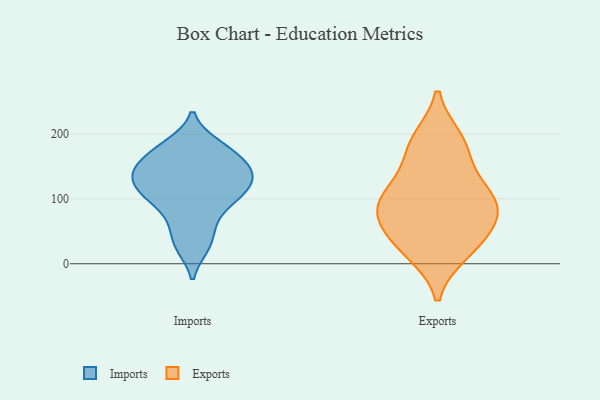
{"axis": {"x": "Bounce Rate (%)", "y": "Value"}, "legend": ["Exports", "Imports"], "data": [{"x": "", "y": 60, "type": "Imports"}, {"x": "", "y": 120, "type": "Imports"}, {"x": "", "y": 26, "type": "Imports"}, {"x": "", "y": 171, "type": "Imports"}, {"x": "", "y": 149, "type": "Imports"}, {"x": "", "y": 142, "type": "Imports"}, {"x": "", "y": 135, "type": "Imports"}, {"x": "", "y": 99, "type": "Imports"}, {"x": "", "y": 102, "type": "Imports"}, {"x": "", "y": 184, "type": "Imports"}, {"x": "", "y": 69, "type": "Exports"}, {"x": "", "y": 110, "type": "Exports"}, {"x": "", "y": 187, "type": "Exports"}, {"x": "", "y": 157, "type": "Exports"}, {"x": "", "y": 44, "type": "Exports"}, {"x": "", "y": 103, "type": "Exports"}, {"x": "", "y": 192, "type": "Exports"}, {"x": "", "y": 17, "type": "Exports"}, {"x": "", "y": 23, "type": "Exports"}, {"x": "", "y": 69, "type": "Exports"}, {"x": "", "y": 85, "type": "Exports"}, {"x": "", "y": 106, "type": "Exports"}]}